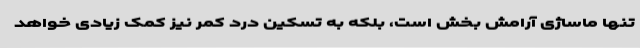
تنها ماساژی آرامش بخش است، بلکه به تسکین درد کمر نیز کمک زیادی خواهد